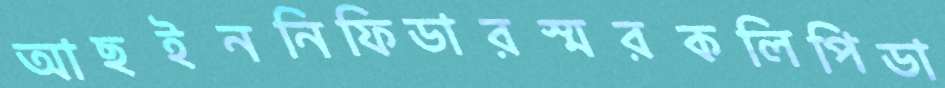
আছইননিফিডারস্মরকলিপিডা